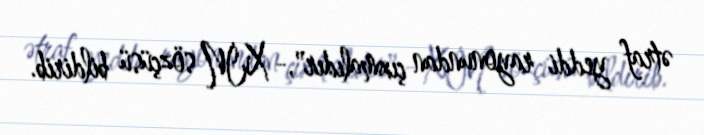
ətraf yeddi rayonundan çıxmalıdır",- XİN sözçüsü bildirib.